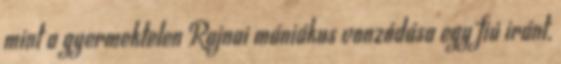
mint a gyermektelen Rajnai mániákus vonzódása egy fiú iránt,